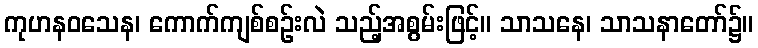
ကုဟနဝသေန၊ ကောက်ကျစ်စဉ်းလဲ သည့်အစွမ်းဖြင့်။ သာသနေ၊ သာသနာတော်၌။